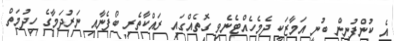
އެ ކުންފުނިން ބުނީ އަމާޒަކީ ދެމެހެއްޓެނެވި ގޮތެއްގައި ރައްކާތެރި ބޯފެނާއި ނަރުދަމާގެ ހިދުމަތް